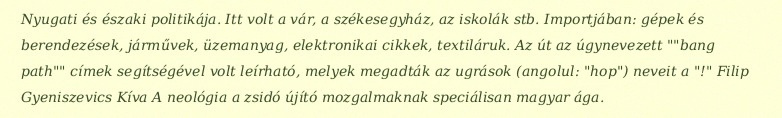
Nyugati és északi politikája. Itt volt a vár, a székesegyház, az iskolák stb. Importjában: gépek és berendezések, járművek, üzemanyag, elektronikai cikkek, textiláruk. Az út az úgynevezett ""bang path"" címek segítségével volt leírható, melyek megadták az ugrások (angolul: "hop") neveit a "!" Filip Gyeniszevics Kíva A neológia a zsidó újító mozgalmaknak speciálisan magyar ága.